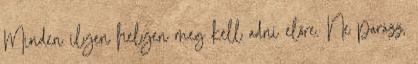
Minden ilyen helyen meg kell adni előre. Ne parázz,